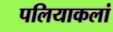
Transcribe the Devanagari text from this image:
पलियाकलां